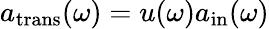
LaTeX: a_{\mathrm{trans}}(\omega)=u(\omega)a_{\mathrm{in}}(\omega)